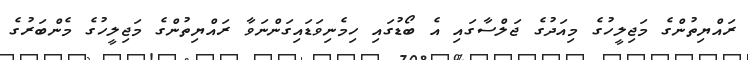
ރައްޔިތުންގެ މަޖިލީހުގެ މިއަދުގެ ޖަލްސާގައި އެ ބޯޑުގައި ހިމެނިވަޑައިގަންނަވާ ރައްޔިތުންގެ މަޖިލީހުގެ މެންބަރުގެ